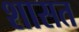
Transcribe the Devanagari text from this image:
शासत